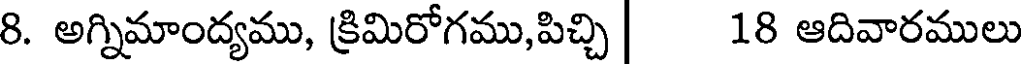
8. అగ్నిమాంద్యము, క్రిమిరోగము,పిచ్చి | 18 ఆదివారములు